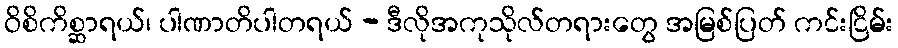
ဝိစိကိစ္ဆာရယ်၊ ပါဏာတိပါတရယ် - ဒီလိုအကုသိုလ်တရားတွေ အမြစ်ပြတ် ကင်းငြိမ်း